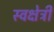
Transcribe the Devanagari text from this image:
स्वक्षेत्री